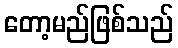
တော့မည်ဖြစ်သည်